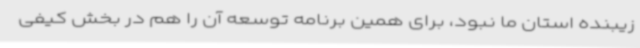
زیبنده استان ما نبود، برای همین برنامه توسعه آن را هم در بخش کیفی